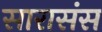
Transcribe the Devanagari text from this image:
सारासंस